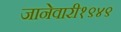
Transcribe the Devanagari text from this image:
जानेवारी१९४९